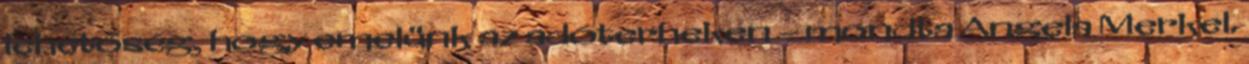
lehetőség, hogy emelünk az adóterheken – mondta Angela Merkel.